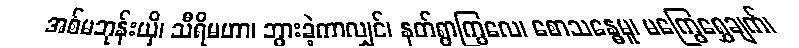
အစ်မဘုန်းယှိ၊ သီရိမဟာ၊ ဘွားခဲ့ကာလျှင်၊ နတ်ရွာကြွလေ၊ စောသန္ဓေမူ၊ မကြွေရွှေချက်၊